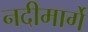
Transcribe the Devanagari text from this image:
नदीमार्गे